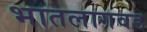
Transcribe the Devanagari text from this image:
भातलागवड